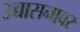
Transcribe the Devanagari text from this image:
उच्चासनावर